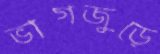
ভাগজুড়ে